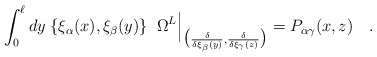
\begin{align*}\int_0^\ell dy\;\{\xi_\alpha(x),\xi_\beta(y)\}\;\;\Omega ^L\Big|_{\big({\delta\over \delta\xi_\beta(y)},{\delta\over \delta\xi_\gamma(z)}\big)}=P_{\alpha\gamma}(x,z) \quad.\end{align*}